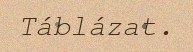
Táblázat.